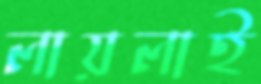
লায়লাই